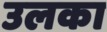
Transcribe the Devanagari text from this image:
उलका